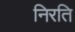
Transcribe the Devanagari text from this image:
निरति